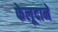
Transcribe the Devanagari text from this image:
फेलूदाने